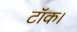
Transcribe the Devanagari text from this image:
टॉक।